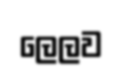
ලෙලව